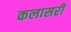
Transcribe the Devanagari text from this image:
कलासरी